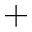
+